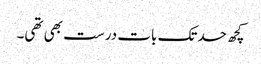
کچھ حدتک بات درست بھی تھی۔